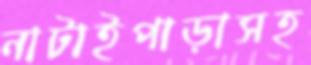
নাটাইপাড়াসহ